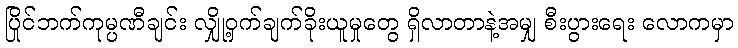
ပြိုင်ဘက်ကုမ္ပဏီချင်း လျှို့ဝှက်ချက်ခိုးယူမှုတွေ ရှိလာတာနဲ့အမျှ စီးပွားရေး လောကမှာ